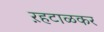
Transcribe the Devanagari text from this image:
ऱहटाळकर